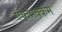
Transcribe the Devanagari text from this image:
एकभक्कम